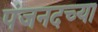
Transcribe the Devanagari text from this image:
पंजनदच्या